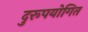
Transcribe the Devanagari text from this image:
दुरूपयोगित